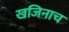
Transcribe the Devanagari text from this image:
खजिनाच